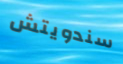
سندويتش